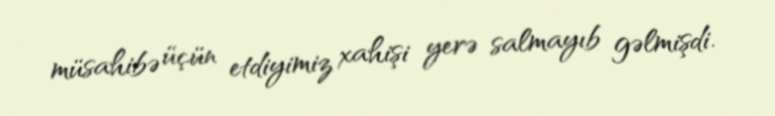
müsahibə üçün etdiyimiz xahişi yerə salmayıb gəlmişdi.